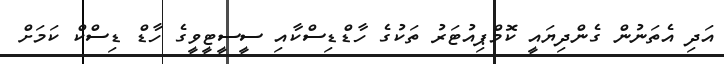
އަދި އެތަނުން ގެންދިޔައީ ކޮމްޕިއުޓަރު ތަކުގެ ހާޑްޑިސްކާއި ސީސީޓީވީގެ ހާޑް ޑިސްކް ކަމަށް